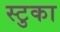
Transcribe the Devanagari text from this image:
स्टुका